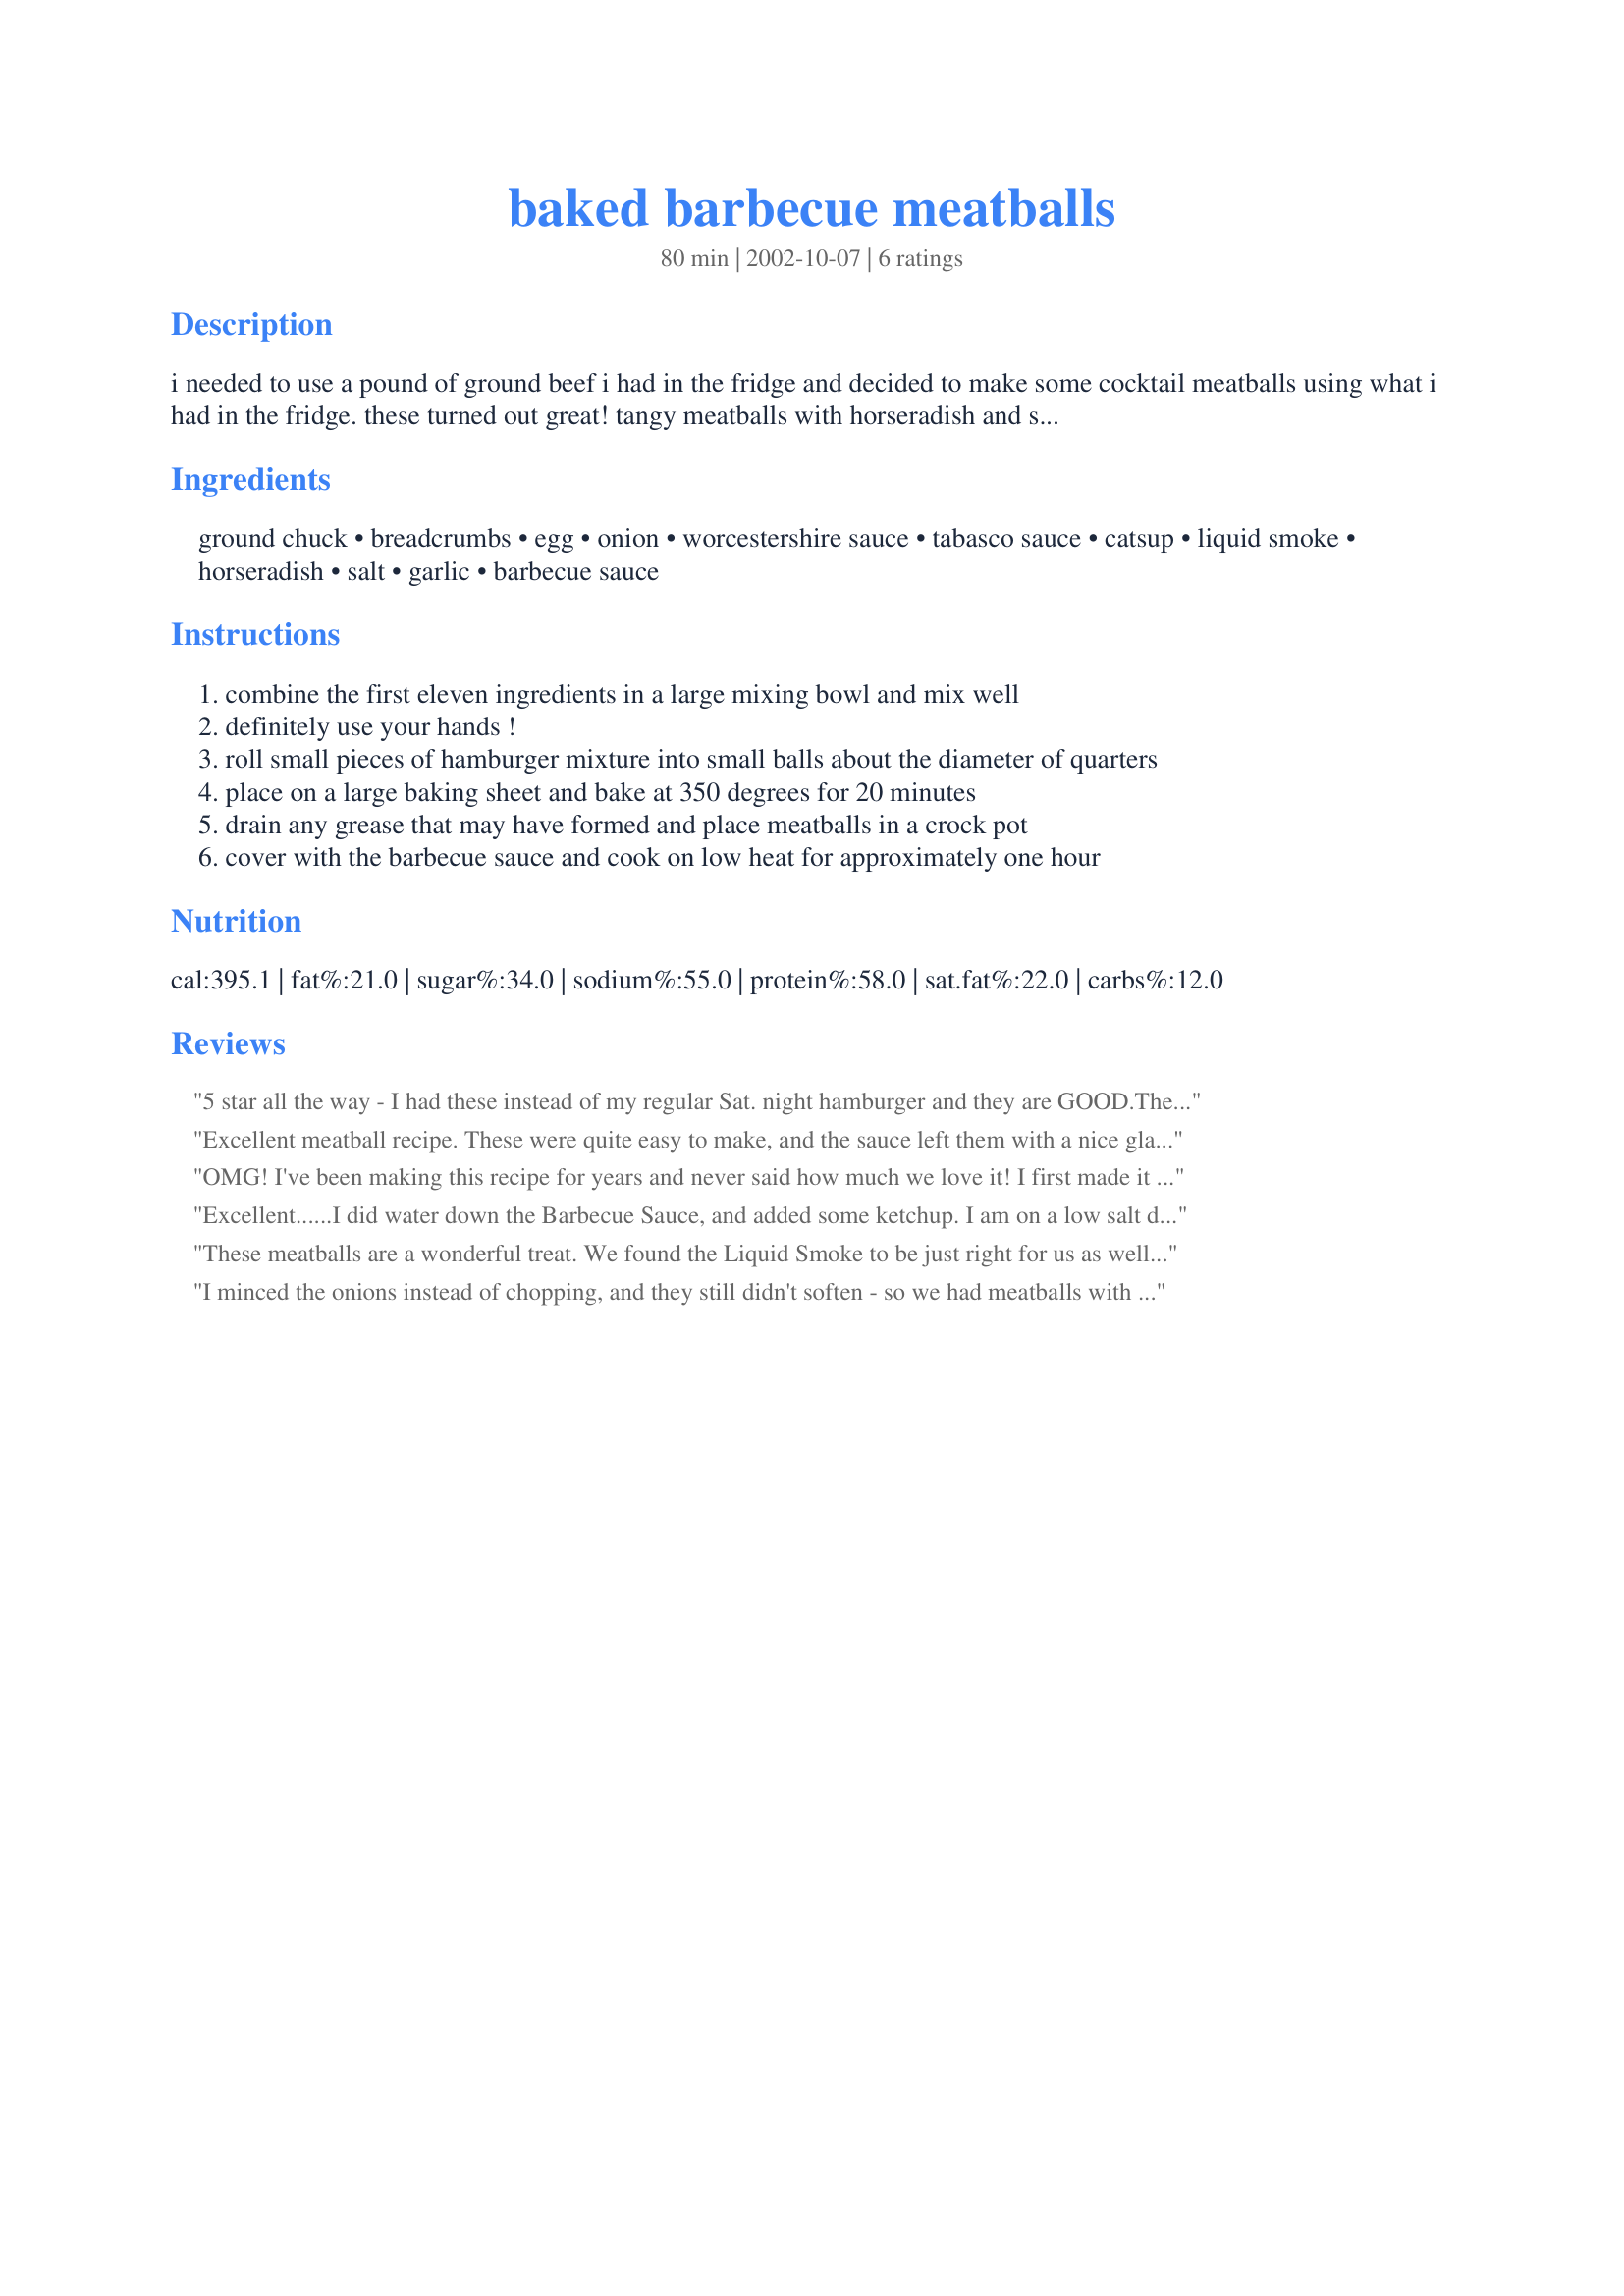
baked barbecue meatballs
Preparation time: 80 minutes

i needed to use a pound of ground beef i had in the fridge and decided to make some cocktail meatballs using what i had in the fridge. these turned out great! tangy meatballs with horseradish and sweet barbecue sauce!

Ingredients:
ground chuck, breadcrumbs, egg, onion, worcestershire sauce, tabasco sauce, catsup, liquid smoke, horseradish, salt, garlic, barbecue sauce

Steps:
combine the first eleven ingredients in a large mixing bowl and mix well
definitely use your hands !
roll small pieces of hamburger mixture into small balls about the diameter of quarters
place on a large baking sheet and bake at 350 degrees for 20 minutes
drain any grease that may have formed and place meatballs in a crock pot
cover with the barbecue sauce and cook on low heat for approximately one hour

Reviews:
5 star all the way - I had these instead of my regular Sat. night hamburger and they are GOOD.The only changes I made were: I used lean minced beef mixed half & half with Buffalo, cut the crumbs to 1/2 cup and cut the liquid smoke back to 1/2 tsp and may cut that back a bit more next time. These would be great as patties too for burgers simmered in the BBQ sauce in a fry pan
 Thanks DeniseH
Excellent meatball recipe. These were quite easy to make, and the sauce left them with a nice glaze. I used them to make meatball sandwiches...very good. Next time I'm gonna add more tabasco, and make a pinch or two of cayenne to give that sweet-hot flavor. Thanks for posting this recipe Denise.
OMG! I've been making this recipe for years and never said how much we love it! I first made it for a Limo ride to see Xmas lights. BBQ meatballs was something totally new for me. My kids not knowing it was not for them ate all but a few of them! Tonight I am making the again as I do each month. I do not use the liquid smoke since I am allergic to it otherwise everythings the same.
Excellent......I did water down the Barbecue Sauce, and added some ketchup. I am on a low salt diet, that's why I did the above, but the recipe was great.............
These meatballs are a wonderful treat. We found the Liquid Smoke to be just right for us as well as the other ingredients. We did, however, cut back the bread crumbs to 1/2 cup. A wonderful treat that made our Happy Hour a hit. Thanks Denise, another hit.
I minced the onions instead of chopping, and they still didn't soften - so we had meatballs with somewhat crunchy onions. Maybe next time I'll use onion powder. I needed to turn the Crock Pot to high; after nearly an hour the meatballs were only warm. The taste was good, but the Liquid Smoke was strong (and, as suggested, I reduced it). Might tweak this one and try it again.
